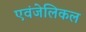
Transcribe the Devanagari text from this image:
एवंजेलिकल